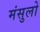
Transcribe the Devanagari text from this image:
मंसुलो